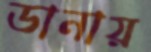
ডানায়